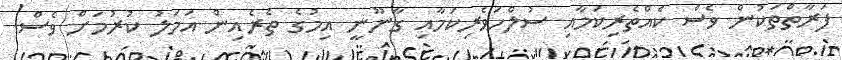
ފަރާތްތަކުން ވެސް ކެއްތެރިކަމާއި ސުލްހަވެރިކަމާއި ގާނޫނީ އިމުގެ ތެރެއިން އަމަލު ކުރުމަށް ވެސް